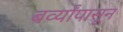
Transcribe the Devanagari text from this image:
बर्व्यांपासून